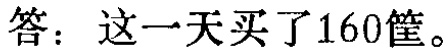
答：这一天买了160筐。